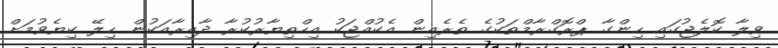
ވިލާ ކޮލެޖުގައި ހިންގާ ޕްރޮގްރާމްތަކުގެ ތެރެއިން އެކުއްޖަކު އިހްތިޔާރުކުރާ ދާއިރާއަކުން ހިލޭ ކިޔެވުމަށް